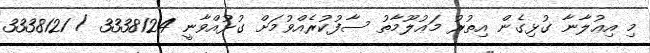
މި އިޢުލާނާ ގުޅިގެން އިތުރު މަޢުލޫމާތު ސާފުކުރެއްވުމަށް ގުޅުއްވާނީ 3338124 / 3338121